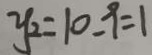
y _ { 2 } = 1 0 - 9 = 1